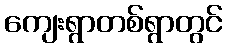
ကျေးရွာတစ်ရွာတွင်